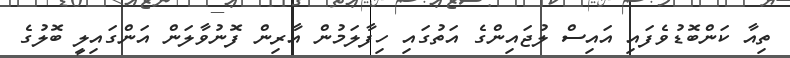
ތިއާ ކަންބޮޑުވެފައި އައިސް ލުޖައިންގެ އަތުގައި ހިފާލަމުން އާރިން ފޮނުވާލަން އަންގައިލީ ބޮލުގެ